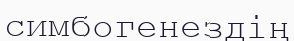
симбогенездің